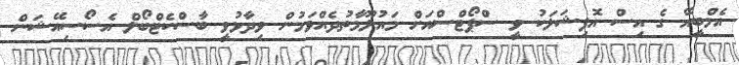
އެމްބީއޭ ގެ އިސް އޮފިޝަލަކު ވީ ސްޕޯޓްސްއަށް މައުލޫމާތުދެއްވަމުން ވިދާޅުވީ ބާސްކެޓްބޯލް އެސޯސިއޭޝަން